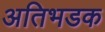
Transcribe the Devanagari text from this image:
अतिभडक